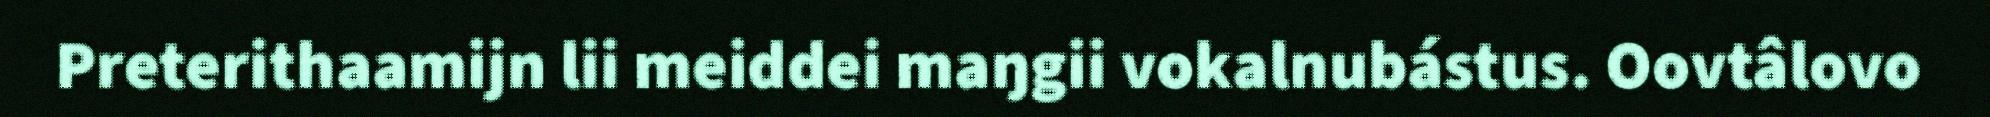
Preterithaamijn lii meiddei maŋgii vokalnubástus. Oovtâlovo